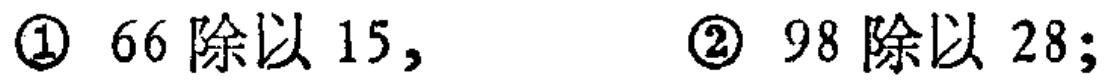
\textcircled{1} \(66\div15\)， \textcircled{2} \(98\div28\)；